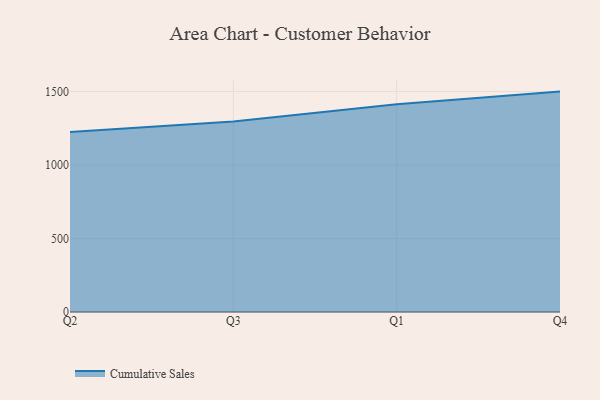
{"axis": {"x": "Quarter", "y": "Customer Acquisition Cost (USD)"}, "legend": ["Cumulative Sales"], "data": [{"x": "Q2", "y": 1224.2, "type": "Cumulative Sales"}, {"x": "Q3", "y": 1295.5, "type": "Cumulative Sales"}, {"x": "Q1", "y": 1413.9, "type": "Cumulative Sales"}, {"x": "Q4", "y": 1499.4, "type": "Cumulative Sales"}]}